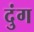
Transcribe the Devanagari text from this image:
दुंग